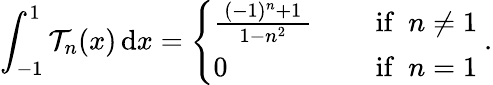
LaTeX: \int_{-1}^{1}\mathcal{T}_{n}(x)\, \mathrm{{d}}x={\left\{ \begin{array}{ll}{{\frac{\, (-1)^{n}+1\, }{\, 1-n^{2}\, }}\quad}&{{\mathrm{~if~}}~n\neq 1}\\ {0\quad}&{{\mathrm{~if~}}~n=1}\end{array}\right.}~.